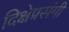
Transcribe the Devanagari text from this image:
दिक्षेप्रसंगी